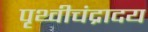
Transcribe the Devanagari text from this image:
पृथ्वीचंद्रादय